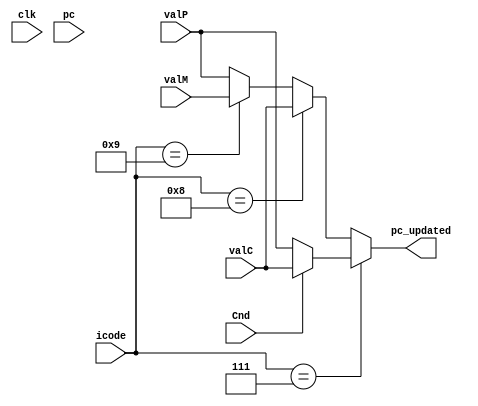
module pc_update(
    input clk,
    input [63:0] pc,//address
    input [3:0] icode,
    input Cnd,
    input [63:0] valP,
    input signed [63:0] valM,
    input signed [63:0] valC,
    output reg [63:0] pc_updated
);

always @(*) begin

   if(icode == 4'b0111)//jxx
    begin
      if(Cnd == 1'b1)
        begin
          pc_updated <= valC;
        end
      else
        begin
          pc_updated <= valP;
        end
    end

    else if(icode == 4'b1000)//call
    begin
      pc_updated <= valC;
    end

    else if(icode == 4'b1001)//ret
    begin
      pc_updated <= valM;
    end

    else
    begin
      pc_updated <= valP;
    end    
end
   
endmodule